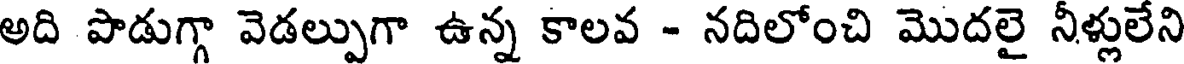
అది పొడుగ్గా వెడల్పుగా ఉన్న కాలవ - నదిలోంచి మొదలై నీళ్లులేని